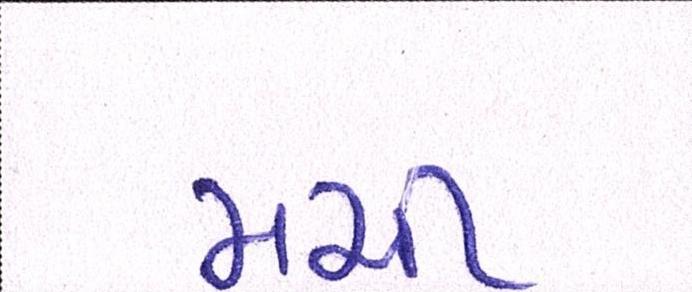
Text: મચી